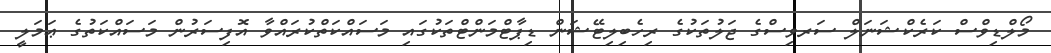
މޯލްޑިވްސް ކަރެކްޝަނަލް ސަރވިސްގެ ޖަލުތަކުގެ ރިހެބިލިޓޭޝަން ޑިޕާޓްމަންޓްތަކުގައި މަސައްކަތްކުރައްވާ އޮފިސަރުން މަސައްކަތުގެ ޢަމަލީ